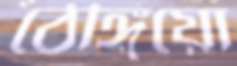
ঠেঙ্গিয়ো